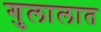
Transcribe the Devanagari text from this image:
गुलालात